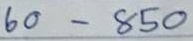
60 - 850